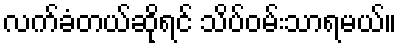
လက်ခံတယ်ဆိုရင် သိပ်ဝမ်းသာရမယ်။